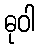
ဓုဝါ